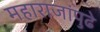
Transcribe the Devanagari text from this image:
महाराजांपुढे